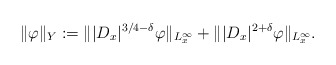
\begin{align*}\|\varphi\|_Y := \||D_x|^{3/4-\delta}\varphi\|_{L_x^{\infty}} + \||D_x|^{2 + \delta}\varphi\|_{L_x^\infty}.\end{align*}